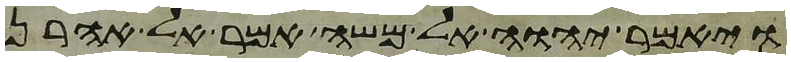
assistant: ויאמר יהוה אל משה אמר אל אהרן